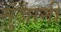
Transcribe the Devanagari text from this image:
मुंजानी